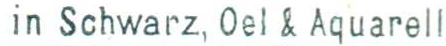
in Schwarz, Oel & Aquarell